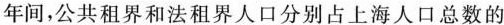
年间，公共租界和法租界人口分别占上海人口总数的